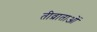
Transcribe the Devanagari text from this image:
तीव्राताओं